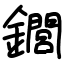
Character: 䥨